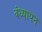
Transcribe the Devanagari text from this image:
वंध्यापन